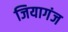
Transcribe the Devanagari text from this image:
जियागंज